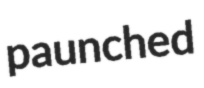
paunched